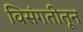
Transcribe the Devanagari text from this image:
विसंगतीतून